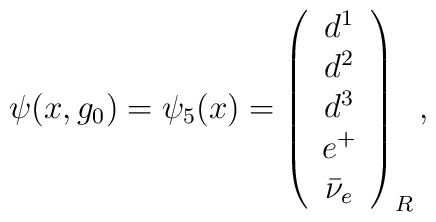
\psi(x, g_0)=\psi_5(x) = \left(\begin{array}{c}d^1\\d^2\\d^3\\e^+\\\bar{\nu}_e\end{array}\right)_R,